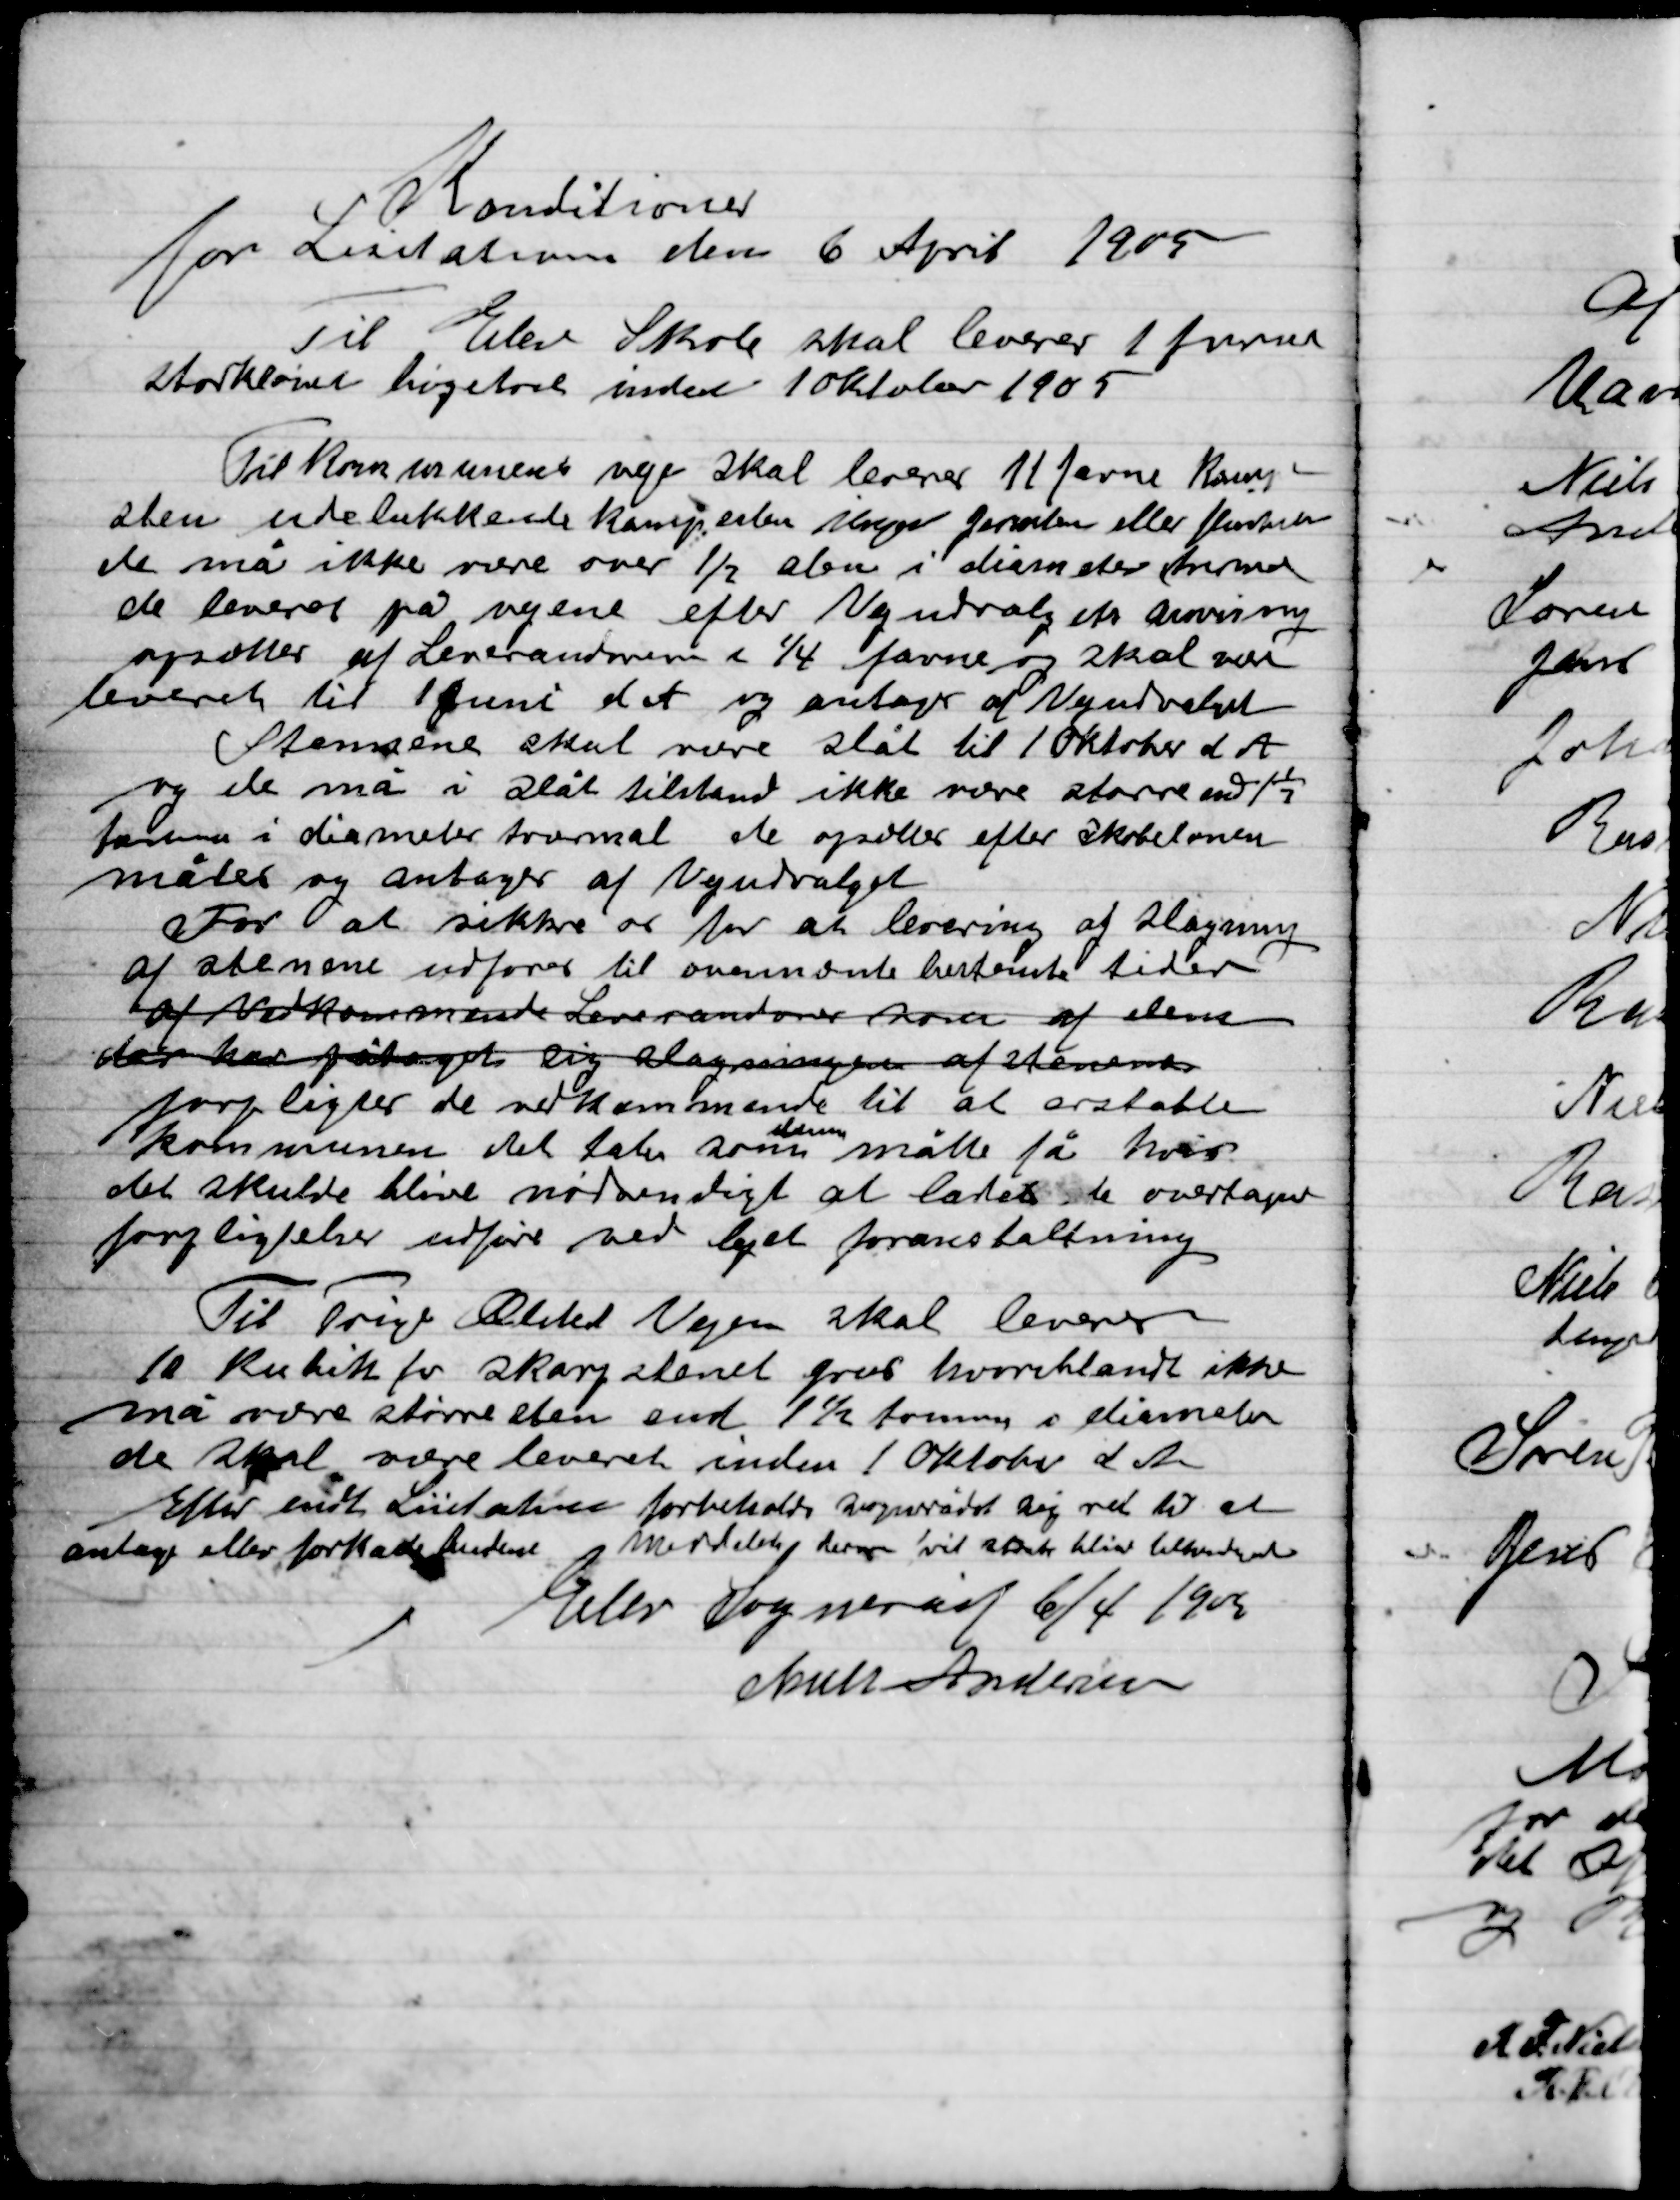
Transskription:
Konditioner
For Lisitation den 6 April 1905

Til Elev Skole skal leveres 1 favnen
Storkløvede bøgebrænde inden 10 Oktober 1905

Tilkommende uge skal leveres 11 favne kampe-
sten udelukkende kampesten ingen jærnlen eller flintesten
de må ikke være over ½ alen i diameter dermed
de leveres på vejene efter Vejudvalgets anvisning
opsættes af Leverandøren i ¼ favne og skal være
leverede til 1 Juni det og antage af Vejudvalget
Stenen skal være slået til 1 Oktober d. A.
og de må i slået tilstand ikke være større end 1½
tomme i diameter tværmål de opsættes efter skabeloner
således og antager af vejudvalget
for at sikrer os for at leveringen af slagning
 af stenene udføres til overenskomst bestemte tider
af Vedkommende Leverandører firma af sten
fro har pålagt sig slagningen af stenene
 forpligter de vedkommende til at erstatte
Kommunen det tab som
den
måtte få hvor
det skulde blive nødvendigt a lade disse overtage
forpligtelsen udføre ved eget foranstaltning
Til Trige Elsted Vejen skal leveres
10 kubik fv skarp stenet for hvorblandt ikke
må være størres sten end 1½ tomme i diameter
De skal være leveret inden 1 Oktober d. A.
Efter endt Licitation forbeholder Sognerådet sig ret til at
Antage eller forkaste budene modtagerne derpå vil straks blive tilbagesendt
Elev Sogneråd 6/4 1905
Niels Andersen